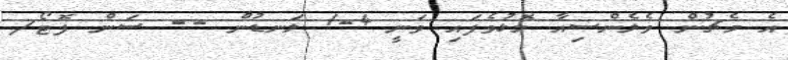
އެ މެޗުން ވެލެންސިއާ މޮޅުވެފައި ވަނީ 4-1 ލަނޑުން -- ސަން ފޮޓޯ/